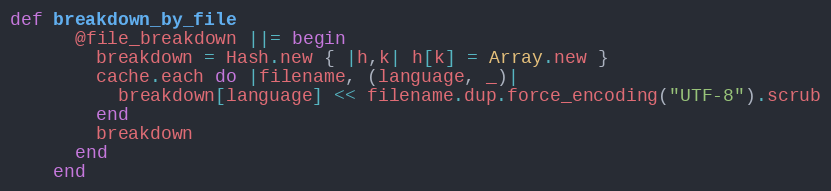
Language: Ruby
def breakdown_by_file
      @file_breakdown ||= begin
        breakdown = Hash.new { |h,k| h[k] = Array.new }
        cache.each do |filename, (language, _)|
          breakdown[language] << filename.dup.force_encoding("UTF-8").scrub
        end
        breakdown
      end
    end